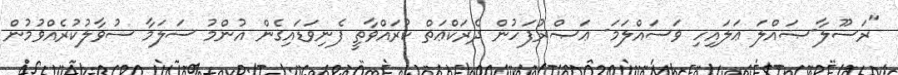
"ރަސޫލާ-ޞައްލަ ޢަލައިހި ވަސައްލަމަ- ޢަޞްރުފަހުން ދެރަކްޢަތް ކުރައްވާތީ ފެނިވަޑައިގެން އުންމު ސަލަމާ ސުވާލުކުރެއްވުމުން